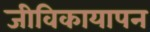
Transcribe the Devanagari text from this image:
जीविकायापन